system: You are a helpful assistant.
user:
Analyze the provided spectrum to determine if it is a **Carbon Star (C-type)**.

- **Key Visual Indicators of Carbon Star:**
    - **(Primary):** Strong molecular absorption from **C₂ (diatomic carbon) "Swan Bands."** This is the **defining feature** of a carbon star.
        - **(Key Bandheads):** Sharp absorption edges are visible at approximately $5635$ Å, $5165$ Å (the strongest band), and $4737$ Å.
        - **(Line Profile):** Creates a distinct **"saw-tooth"** pattern. The key morphology is a sharp, steep bandhead on the **red (long-wavelength) side**, which then gradually tapers off (i.e., flux recovers) towards the **blue (short-wavelength) side**. *(This is the direct opposite of the TiO bands seen in M-type stars)*.

    - **(Secondary):** Intense **CN (cyanogen)** molecular absorption bands.
        - **(Key Bandheads):** Located in the blue and violet regions of the spectrum (e.g., near $4215$ Å and $3883$ Å).
        - **(Morphology):** These bands are extremely broad and act as a "blanket," absorbing the vast majority of blue and violet light. This creates a characteristic **"cliff"** or **"steep drop-off"** in the spectrum's flux at short wavelengths.

    - **(Key Confirmation):** Strong **CH absorption band (G-band)**.
        - **(Key Bandhead):** Located around $4300$ Å. The contribution from CH molecules to this band is exceptionally strong.

    - **(Overall Spectrum):**
        - The continuum is severely "chopped up" by these deep molecular bands, especially C₂, rather than appearing as a smooth curve.
        - Due to the heavy CN and C₂ absorption in the blue-green, the vast majority of the star's flux is concentrated in the red part of the spectrum, giving the star its characteristic deep red color.

Think first, call **spectral_visualization_tool** if needed to examine features in detail, then provide your final answer. Your response must adhere to the following strict rules:
1.  **Overall Structure:** Your response must follow the format `<think>...</think> <tool_call>...</tool_call> (if a tool is used) <answer>...</answer>`.
2.  **Tool Usage Constraint:** You may only make **one** tool call per turn.
3.  **Final Answer Format:** In the `<answer>` tag, your conclusion must be inside a `\boxed{}` command (e.g., `\boxed{YES}`), followed by your justification.

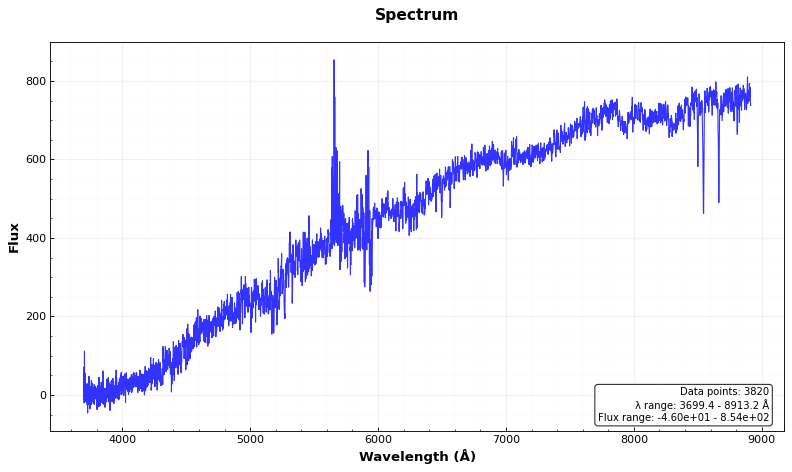
Answer: NO